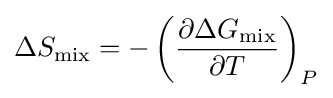
\Delta S_{\text{mix}}=-\left({\frac {\partial \Delta G_{\text{mix}}}{\partial T}}\right)_{P}